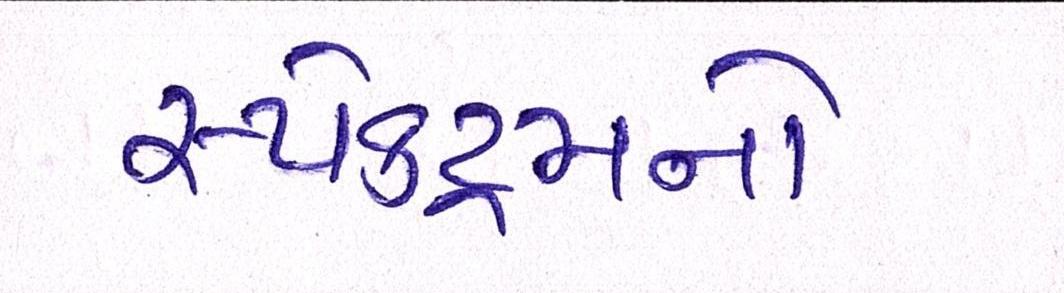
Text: સ્પેક્ટ્રમનો